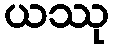
ယဿု